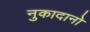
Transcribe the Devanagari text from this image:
नुकादानो